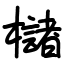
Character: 櫧